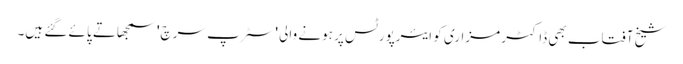
شیخ آفتاب بھی ڈاکٹر مزاری کو ایئرپورٹس پر ہونے والی 'سٹرپ سرچ' سمجھاتے پائے گئے ہیں۔